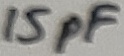
Text: 15pF